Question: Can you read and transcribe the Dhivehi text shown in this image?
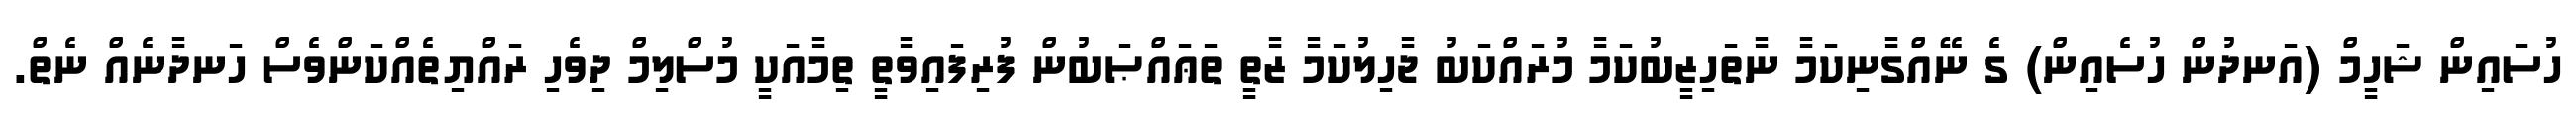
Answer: ހުސައިން ޝަހީމް (އަނދުން ހުސެއިން) ގެ ނޭއްގާނިކަމާ ނާތަހިޒީބުކަމާ މުރައްކަބު ޖާހިލުކަމާ ޒާތީ ތަޢައްޞަބުން ފުރިފައިވާތީ ތިމާއަކީ މުސްލިމް ދިވެހި ރައްޔިތެއްކަންވެސް ހަނދާނެއް ނެތް.